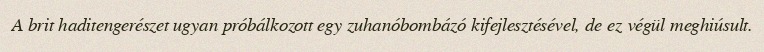
A brit haditengerészet ugyan próbálkozott egy zuhanóbombázó kifejlesztésével, de ez végül meghiúsult.